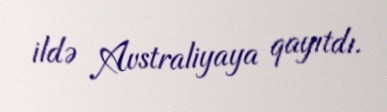
ildə Avstraliyaya qayıtdı.